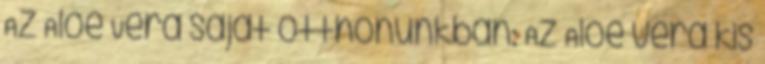
Az Aloe Vera saját otthonunkban: Az Aloe vera kis